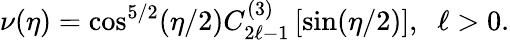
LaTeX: \nu(\eta)=\cos^{5/2}(\eta/2)C_{2\ell-1}^{(3)}\left[\sin(\eta/2)\right],\; \; \ell>0.